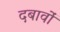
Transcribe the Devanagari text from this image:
दबावांे